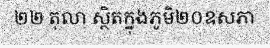
២២ តុលា ស្ថិតក្នុងភូមិ២០ឧសភា